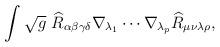
LaTeX: \begin{align*}\int \sqrt{g}~\widehat{R}_{\alpha \beta \gamma \delta }\nabla _{\lambda_{1}}\cdots \nabla _{\lambda _{p}}\widehat{R}_{\mu \nu \lambda \rho },\end{align*}